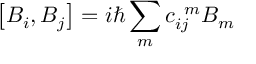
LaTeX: \left[ B _ { i } , B _ { j } \right] = i \hbar \sum _ { m } c _ { i j } ^ { \; \; m } B _ { m }